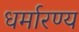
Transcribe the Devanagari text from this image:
धर्मारण्य